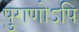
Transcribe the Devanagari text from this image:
पुराणोऽपि